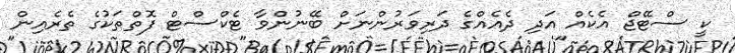
ކީ ސްޓޭޖް އެކެއް އަދި ދެއެއްގެ ދަރިވަރުންނަށް ބޭނުންވާ ޓެކްސްޓް ފޮތްތަކުގެ ތެރެއިން